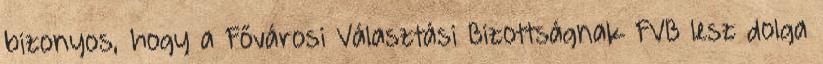
bizonyos, hogy a Fővárosi Választási Bizottságnak FVB lesz dolga